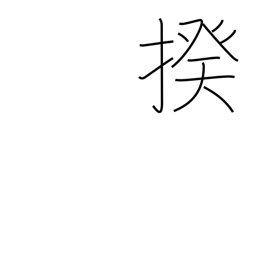
Meaning: category